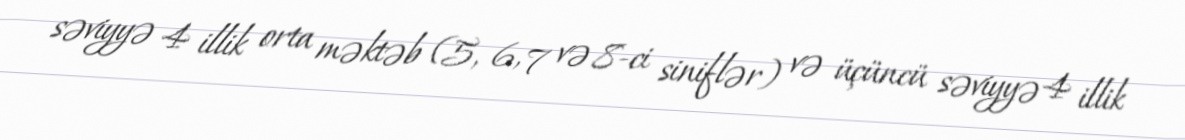
səviyyə 4 illik orta məktəb (5, 6, 7 və 8-ci siniflər) və üçüncü səviyyə 4 illik